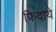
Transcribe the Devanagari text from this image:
फिदाये